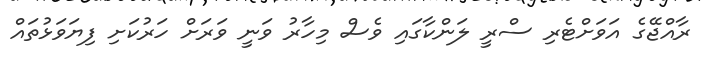
ރާއްޖޭގެ އަވަށްޓެރި ސްރީ ލަންކާގައި ވެސް މިހާރު ވަނީ ވަރަށް ހަރުކަށި ފިޔަވަޅުތައް